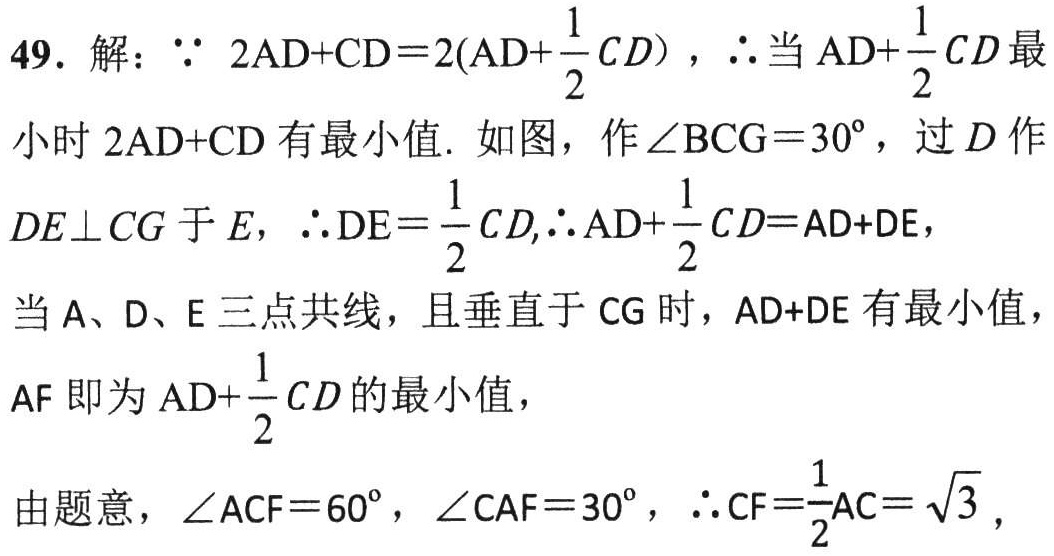
49. 解：\(\because 2\text{AD}+\text{CD}=2(\text{AD}+\frac{1}{2}CD)\)，\(\therefore\)当 \(\text{AD}+\frac{1}{2}CD\) 最
小时 \(2\text{AD}+\text{CD}\) 有最小值. 如图，作 \(\angle \text{BCG}=30^{\circ}\)，过 \(D\) 作
\(DE\perp CG\) 于 \(E\)，\(\therefore \text{DE}=\frac{1}{2}CD,\therefore \text{AD}+\frac{1}{2}CD=\text{AD}+\text{DE}\)，
当 \(\text{A}\)、\(\text{D}\)、\(\text{E}\) 三点共线，且垂直于 \(\text{CG}\) 时，\(\text{AD}+\text{DE}\) 有最小值，
\(\text{AF}\) 即为 \(\text{AD}+\frac{1}{2}CD\) 的最小值，
由题意，\(\angle \text{ACF}=60^{\circ}\)，\(\angle \text{CAF}=30^{\circ}\)，\(\therefore \text{CF}=\frac{1}{2}\text{AC}=\sqrt{3}\)，